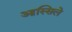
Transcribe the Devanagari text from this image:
आस्सिले